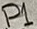
Text: P1